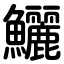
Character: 鱺